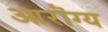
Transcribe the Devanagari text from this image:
आरॊग्य